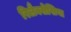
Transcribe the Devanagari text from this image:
रिलैक्सेसिया